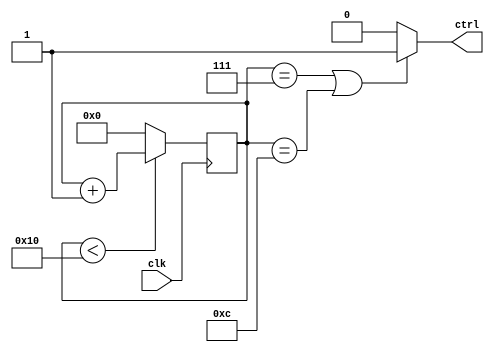
`timescale 1ns / 1ps
//////////////////////////////////////////////////////////////////////////////////
// Company: 
// Engineer: 
// 
// Design Name: 
// Module Name: test
// Project Name: 
// Target Devices: 
// Tool Versions: 
// Description: 
// 
// Dependencies: 
// 
// Revision:
// Revision 0.01 - File Created
// Additional Comments:
// 
//////////////////////////////////////////////////////////////////////////////////


//module test( out, a ,b

//    );
//    input wire [3:0] a, b;
//    output wire [4:0] out;
    
//    assign out = (a & b);
//endmodule

module test(input clk, output ctrl);



reg [3:0] counter = 0;
always@(posedge clk)
begin
if (counter < 16) counter <= counter + 1;
else counter <= 0;
end

assign ctrl = (counter == 7 || counter == 12) ? 1:0;

endmodule